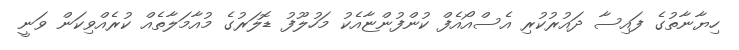
ހިޔާނާތުގެ ފައިސާ ދައުރުކުރި އެސްއޯއެފް ކުންފުންޏާއެކު މަހުލޫފު ޑޮލަރުގެ މުއާމަލާތެއް ކުރެއްވިކަން ވަނީ